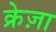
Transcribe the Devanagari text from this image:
क्रेज़ा